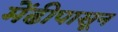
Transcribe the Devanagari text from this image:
मेंढीपासून